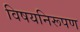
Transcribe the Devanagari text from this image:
विषयनिरूपण